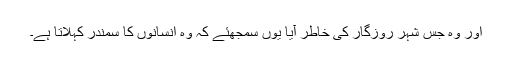
اور وہ جس شہر روزگار کی خاطر آیا یوں سمجھئے کہ وہ انسانوں کا سمندر کہلاتا ہے۔